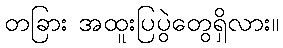
တခြား အထူးပြပွဲတွေရှိလား။